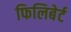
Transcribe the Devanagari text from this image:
फिलिबेर्ट